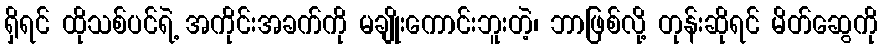
ရှိရင် ထိုသစ်ပင်ရဲ့ အကိုင်းအခက်ကို မချိုးကောင်းဘူးတဲ့၊ ဘာဖြစ်လို့ တုန်းဆိုရင် မိတ်ဆွေကို